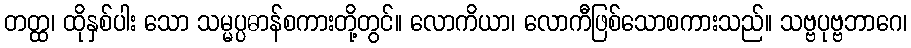
တတ္ထ၊ ထိုနှစ်ပါး သော သမ္မပ္ပဓာန်စကားတို့တွင်။ လောကိယာ၊ လောကီဖြစ်သောစကားသည်။ သဗ္ဗပုဗ္ဗဘာဂေ၊